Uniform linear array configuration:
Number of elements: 12
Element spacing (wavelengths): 0.25
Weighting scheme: exponential
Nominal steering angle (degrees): -15
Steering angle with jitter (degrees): -16.591
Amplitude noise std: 0.05
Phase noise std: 0.05

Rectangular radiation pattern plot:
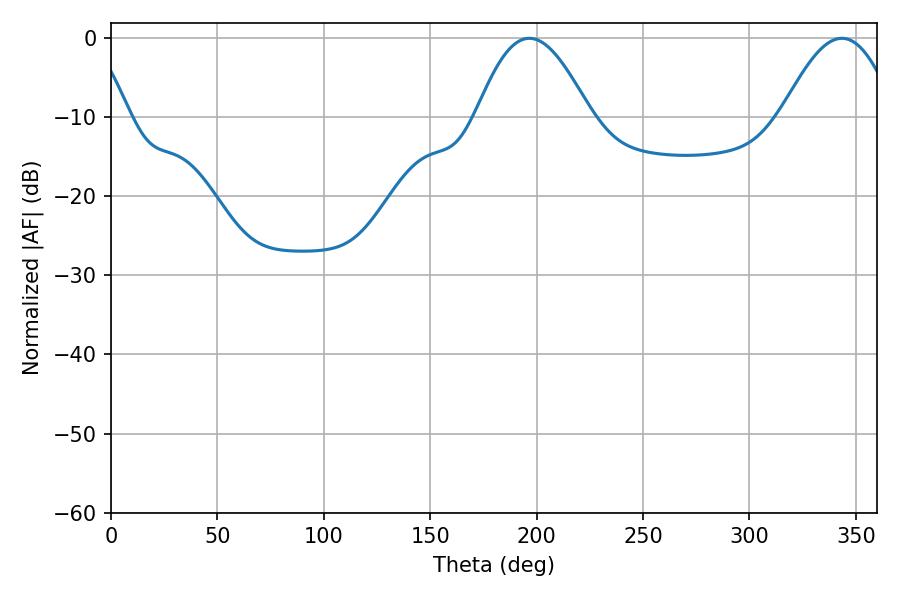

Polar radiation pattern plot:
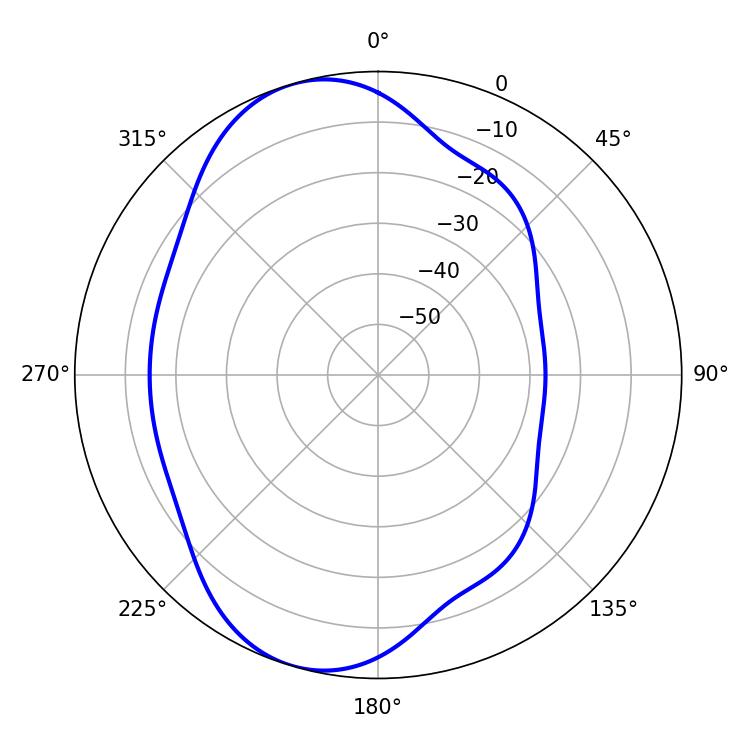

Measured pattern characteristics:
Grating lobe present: FALSE
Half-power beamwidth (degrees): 28.98
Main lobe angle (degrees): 196.56